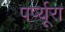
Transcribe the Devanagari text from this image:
पर्प्यूरा